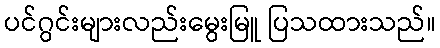
ပင်ဂွင်းများလည်းမွေးမြူ ပြသထားသည်။